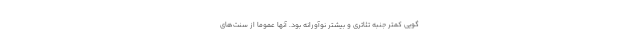
گویی کمتر جنبه تئاتری و بیشتر نوآورانه بود. آنها عموماً از سنت‌های